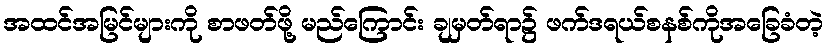
အထင်အမြင်များကို စာဖတ်ဖို့ မည်ကြောင်း ချမှတ်ရာ၌ ဖက်ဒရယ်စနစ်ကိုအခြေခံတဲ့